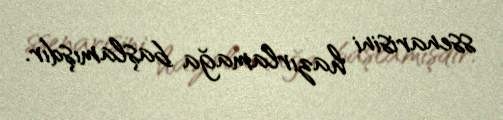
ssenarisini hazırlamağa başlamışdır.